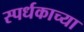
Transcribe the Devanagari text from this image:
स्पर्धकाच्या